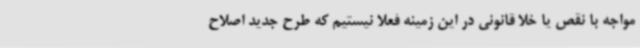
مواجه با نقص یا خلا قانونی در این زمینه فعلا نیستیم که طرح جدید اصلاح